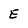
Character: E